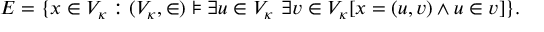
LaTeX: E = \{ x \in V _ { \kappa } : ( V _ { \kappa } , \in ) \models \exists u \in V _ { \kappa } \ \exists v \in V _ { \kappa } [ x = ( u , v ) \land u \in v ] \} .